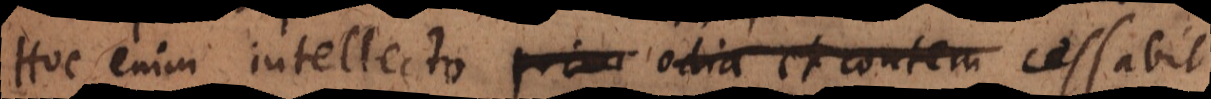
Hoc enim intellecto prior odia et contem cessabit